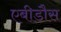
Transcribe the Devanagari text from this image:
एबीडौस